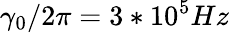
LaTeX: \gamma_{0}/2\pi=3*10^{5}Hz